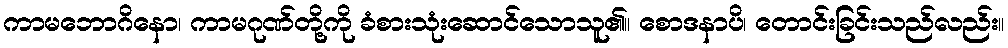
ကာမဘောဂိနော၊ ကာမဂုဏ်တို့ကို ခံစားသုံးဆောင်သောသူ၏။ စောဒနာပိ၊ တောင်းခြင်းသည်လည်း။